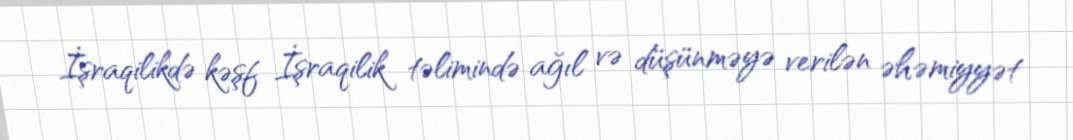
İşraqilikdə kəşf İşraqilik təlimində ağıl və düşünməyə verilən əhəmiyyət